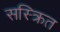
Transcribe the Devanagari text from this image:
सस्क्रित